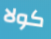
كولا